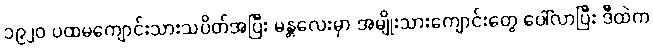
၁၉၂၀ ပထမကျောင်းသားသပိတ်အပြီး မန္တလေးမှာ အမျိုးသားကျောင်းတွေ ပေါ်လာပြီး ဒီထဲက